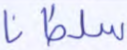
سلطانا